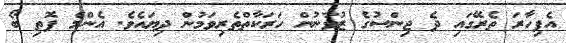
އެފިހާރަ ތެރޭގައި ދެ ޖިންސުގެ ޒުވާނުން ހަރަކާތްތެރިވަމުން ދިޔައެވެ. އެންމެ ފޮތި ބޯ